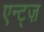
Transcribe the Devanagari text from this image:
एन्ट्ज़